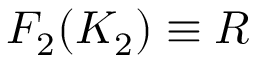
F _ { 2 } ( K _ { 2 } ) \equiv R